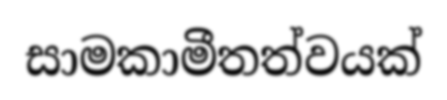
සාමකාමීතත්වයක්